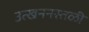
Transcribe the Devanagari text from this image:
उत्खननस्तळी